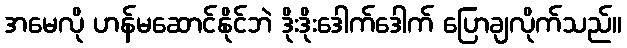
အမေလို ဟန်မဆောင်နိုင်ဘဲ ဒိုးဒိုးဒေါက်ဒေါက် ပြောချလိုက်သည်။